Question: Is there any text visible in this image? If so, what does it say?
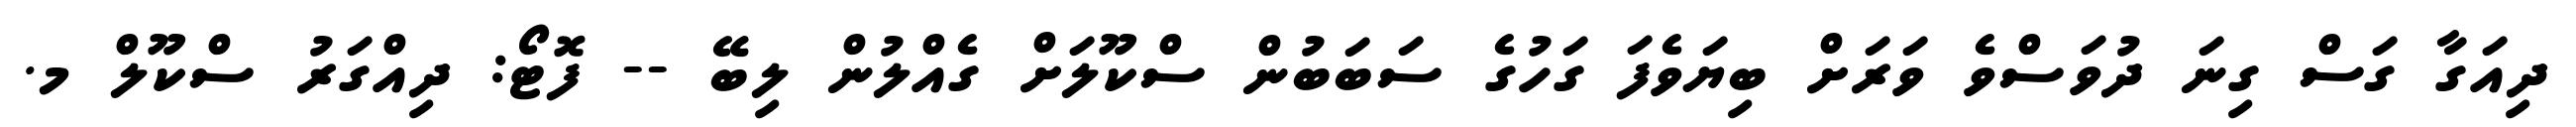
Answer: ދިއަގާ ގަސް ގިނަ ދުވަސްވެ ވަރަށް ބިޔަވެފަ ގަހުގެ ސަބަބުން ސްކޫލަށް ގެއްލުން ލިބޭ -- ފޮޓޯ: ދިއްގަރު ސްކޫލް މ.